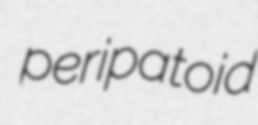
peripatoid